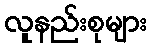
လူနည်းစုများ